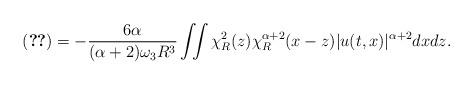
LaTeX: \begin{align*}\eqref{term-1-mora-1} = -\frac{6\alpha}{(\alpha+2)\omega_3 R^3} \iint \chi^2_R(z) \chi^{\alpha+2}_R(x-z) |u(t,x)|^{\alpha+2} dxdz. \end{align*}